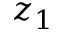
z _ { 1 }